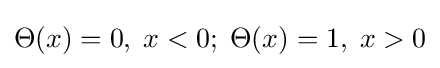
\Theta (x)=0,\;x<0;\;\Theta (x)=1,\;x>0